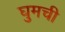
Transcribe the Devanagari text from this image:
घुमची